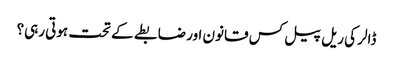
ڈالر کی ریل پیل کس قانون اور ضابطے کے تحت ہوتی رہی؟